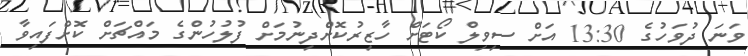
ވަނަ ދުވަހުގެ 13:30 އަށް ސިވިލް ކޯޓަށް ހާޒިރުކޮށްދިނުމަށް ފުލުހުންގެ މައްޗަށް ކޮށްފައިވާ